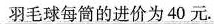
羽毛球每筒的进价为40元。